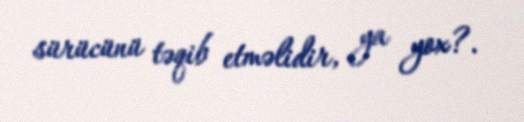
sürücünü təqib etməlidir, ya yox?.